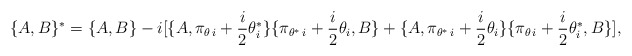
\begin{align*}\lbrace A,B\rbrace {}^{*}=\lbrace A,B\rbrace -i[\lbrace A,\pi_{\theta \, i}+{\frac{i}{2}}\theta^{*}_i\rbrace \lbrace \pi_{\theta^{*}\, i}+{\frac{i}{2}}\theta_i,B\rbrace +\lbrace A,\pi_{\theta^{*}\, i}+{\frac{i}{2}} \theta_i\rbrace \lbrace \pi_{\theta \, i}+{\frac{i}{2}}\theta^{*}_i,B\rbrace ],\end{align*}